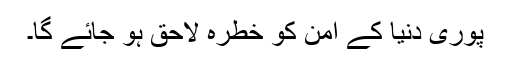
پوری دنیا کے امن کو خطرہ لاحق ہو جائے گا۔